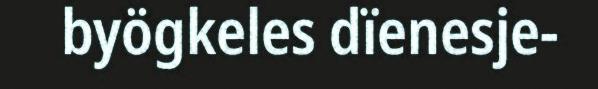
byögkeles dïenesje-